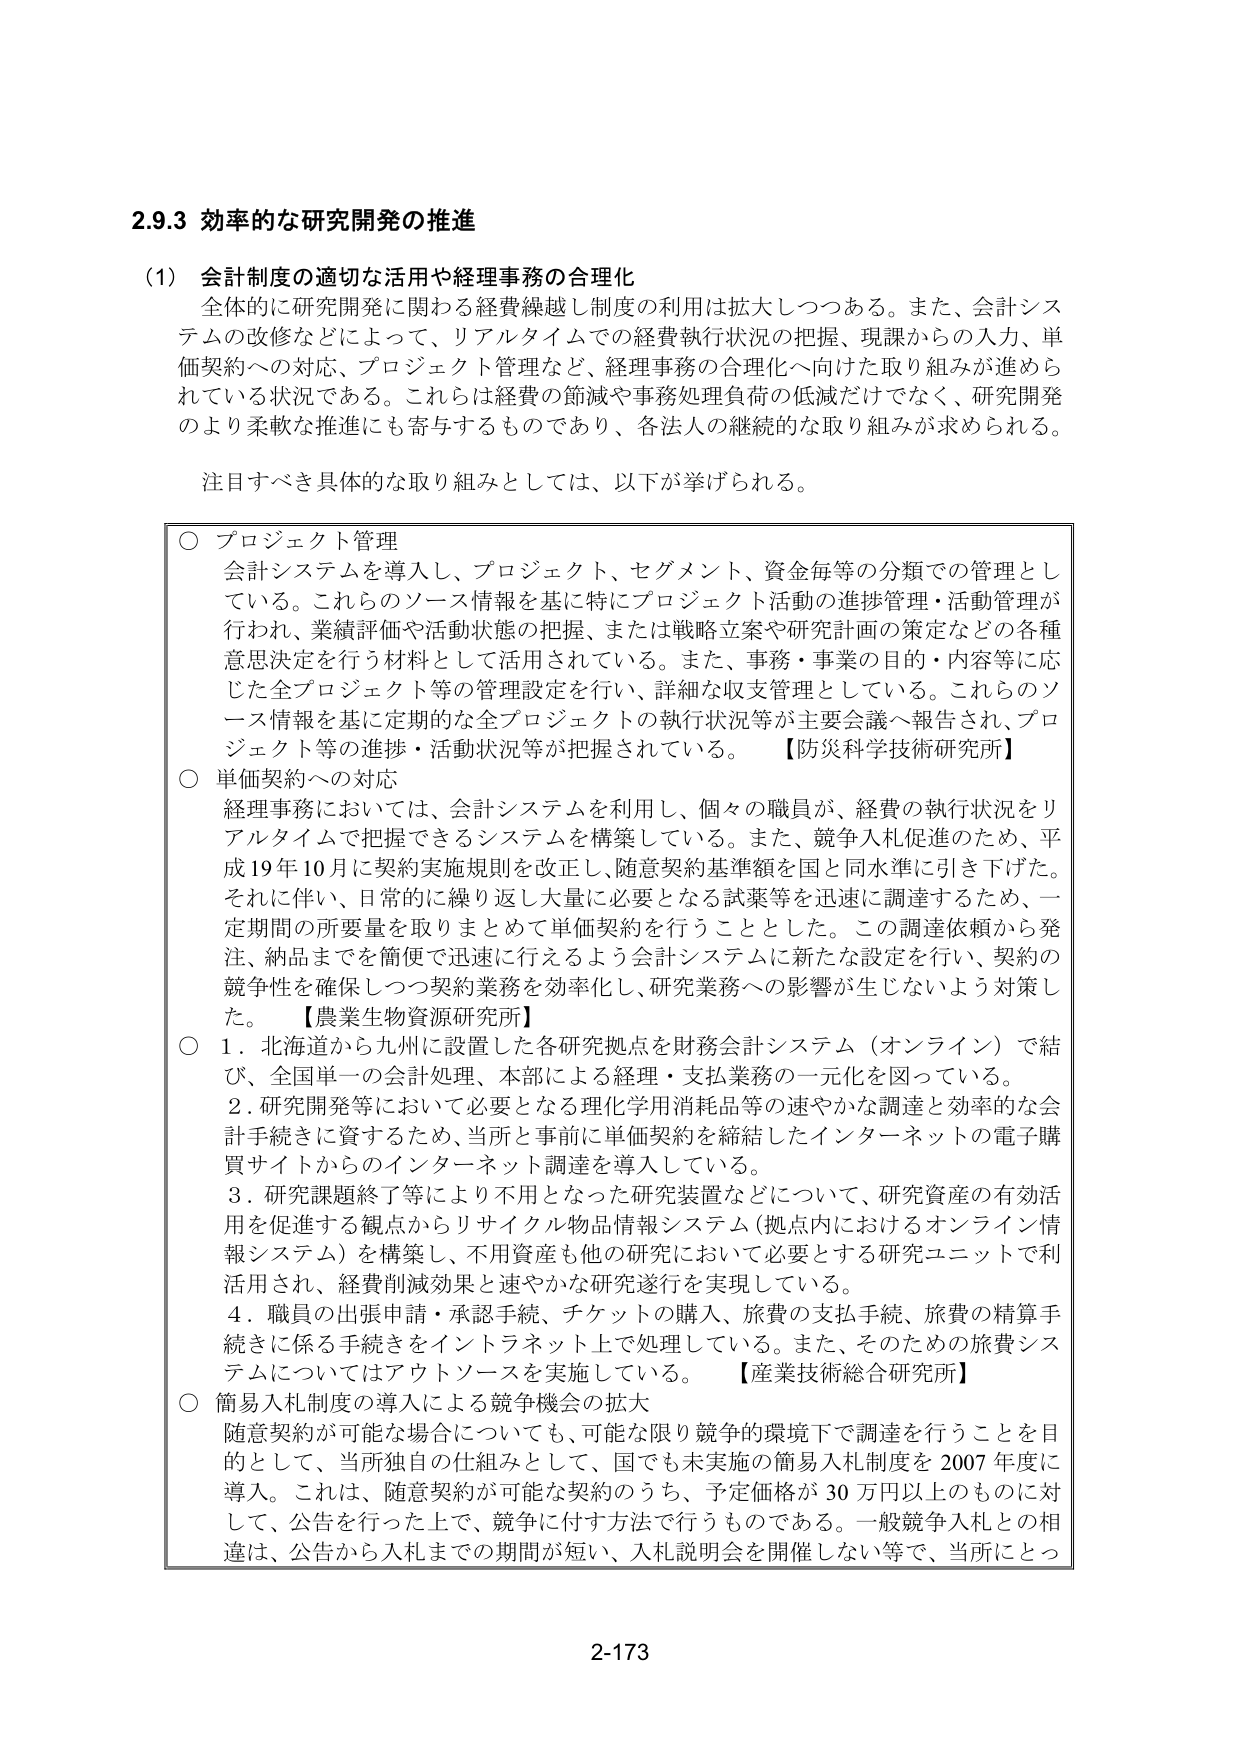
2.9.3 効率的な研究開発の推進

(1) 会計制度の適切な活用や経理事務の合理化
全体的に研究開発に関わる経費繰越し制度の利用は拡大しつつある。また、会計システムの改修などによって、リアルタイムでの経費執行状況の把握、現課からの入力、単価契約への対応、プロジェクト管理など、経理事務の合理化へ向けた取り組みが進められている状況である。これらは経費の節減や事務処理負荷の低減だけでなく、研究開発のより柔軟な推進にも寄与するものであり、各法人の継続的な取り組みが求められる。

注目すべき具体的な取り組みとしては、以下が挙げられる。

○ プロジェクト管理
会計システムを導入し、プロジェクト、セグメント、資金毎等の分類での管理としている。これらのソース情報を基に特にプロジェクト活動の進捗管理・活動管理が行われ、業績評価や活動状態の把握、または戦略立案や研究計画の策定などの各種意思決定を行う材料として活用されている。また、事務・事業の目的・内容等に応じた全プロジェクト等の管理設定を行い、詳細な収支管理としている。これらのソース情報を基に定期的な全プロジェクトの執行状況等が主要会議へ報告され、プロジェクト等の進捗・活動状況等が把握されている。【防災科学技術研究所】

○ 単価契約への対応
経理事務においては、会計システムを利用し、個々の職員が、経費の執行状況をリアルタイムで把握できるシステムを構築している。また、競争入札促進のため、平成19年10月に契約実施規則を改正し、随意契約基準額を国と同水準に引き下げた。それに伴い、日常的に繰り返し大量に必要となる試薬等を迅速に調達するため、一定期間の所要量を取りまとめて単価契約を行うこととした。この調達依頼から発注、納品までを簡便で迅速に行えるよう会計システムに新たな設定を行い、契約の競争性を確保しつつ契約業務を効率化し、研究業務への影響が生じないよう対策した。【農業生物資源研究所】

○ 1. 北海道から九州に設置した各研究拠点を財務会計システム（オンライン）で結び、全国単一の会計処理、本部による経理・支払業務の一元化を図っている。
2. 研究開発等において必要となる理化学用消耗品等の速やかな調達と効率的な会計手続きに資するため、当所と事前に単価契約を締結したインターネットの電子購買サイトからのインターネット調達を導入している。
3. 研究課題終了等により不用となった研究装置などについて、研究資産の有効活用を促進する観点からリサイクル物品情報システム（拠点内におけるオンライン情報システム）を構築し、不用資産も他の研究において必要とする研究ユニットで利活用され、経費削減効果と速やかな研究遂行を実現している。
4. 職員の出張申請・承認手続、チケットの購入、旅費の支払手続、旅費の精算手続きに係る手続きをインターネット上で処理している。また、そのための旅費システムについてはアウトソースを実施している。【産業技術総合研究所】

○ 簡易入札制度の導入による競争機会の拡大
随意契約が可能な場合についても、可能な限り競争的環境下で調達を行うことを目的として、当所独自の仕組みとして、国でも未実施の簡易入札制度を2007年度に導入。これは、随意契約が可能な契約のうち、予定価格が30万円以上のものに対して、公告を行った上で、競争に付す方法で行うものである。一般競争入札との相違は、公告から入札までの期間が短い、入札説明会を開催しない等で、当所にとっ

2-173